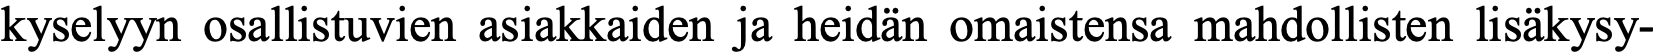
kyselyyn osallistuvien asiakkaiden ja heidän omaistensa mahdollisten lisäkysy-